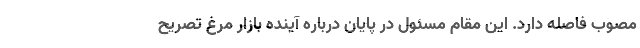
مصوب فاصله دارد. این مقام مسئول در پایان درباره آینده بازار مرغ تصریح